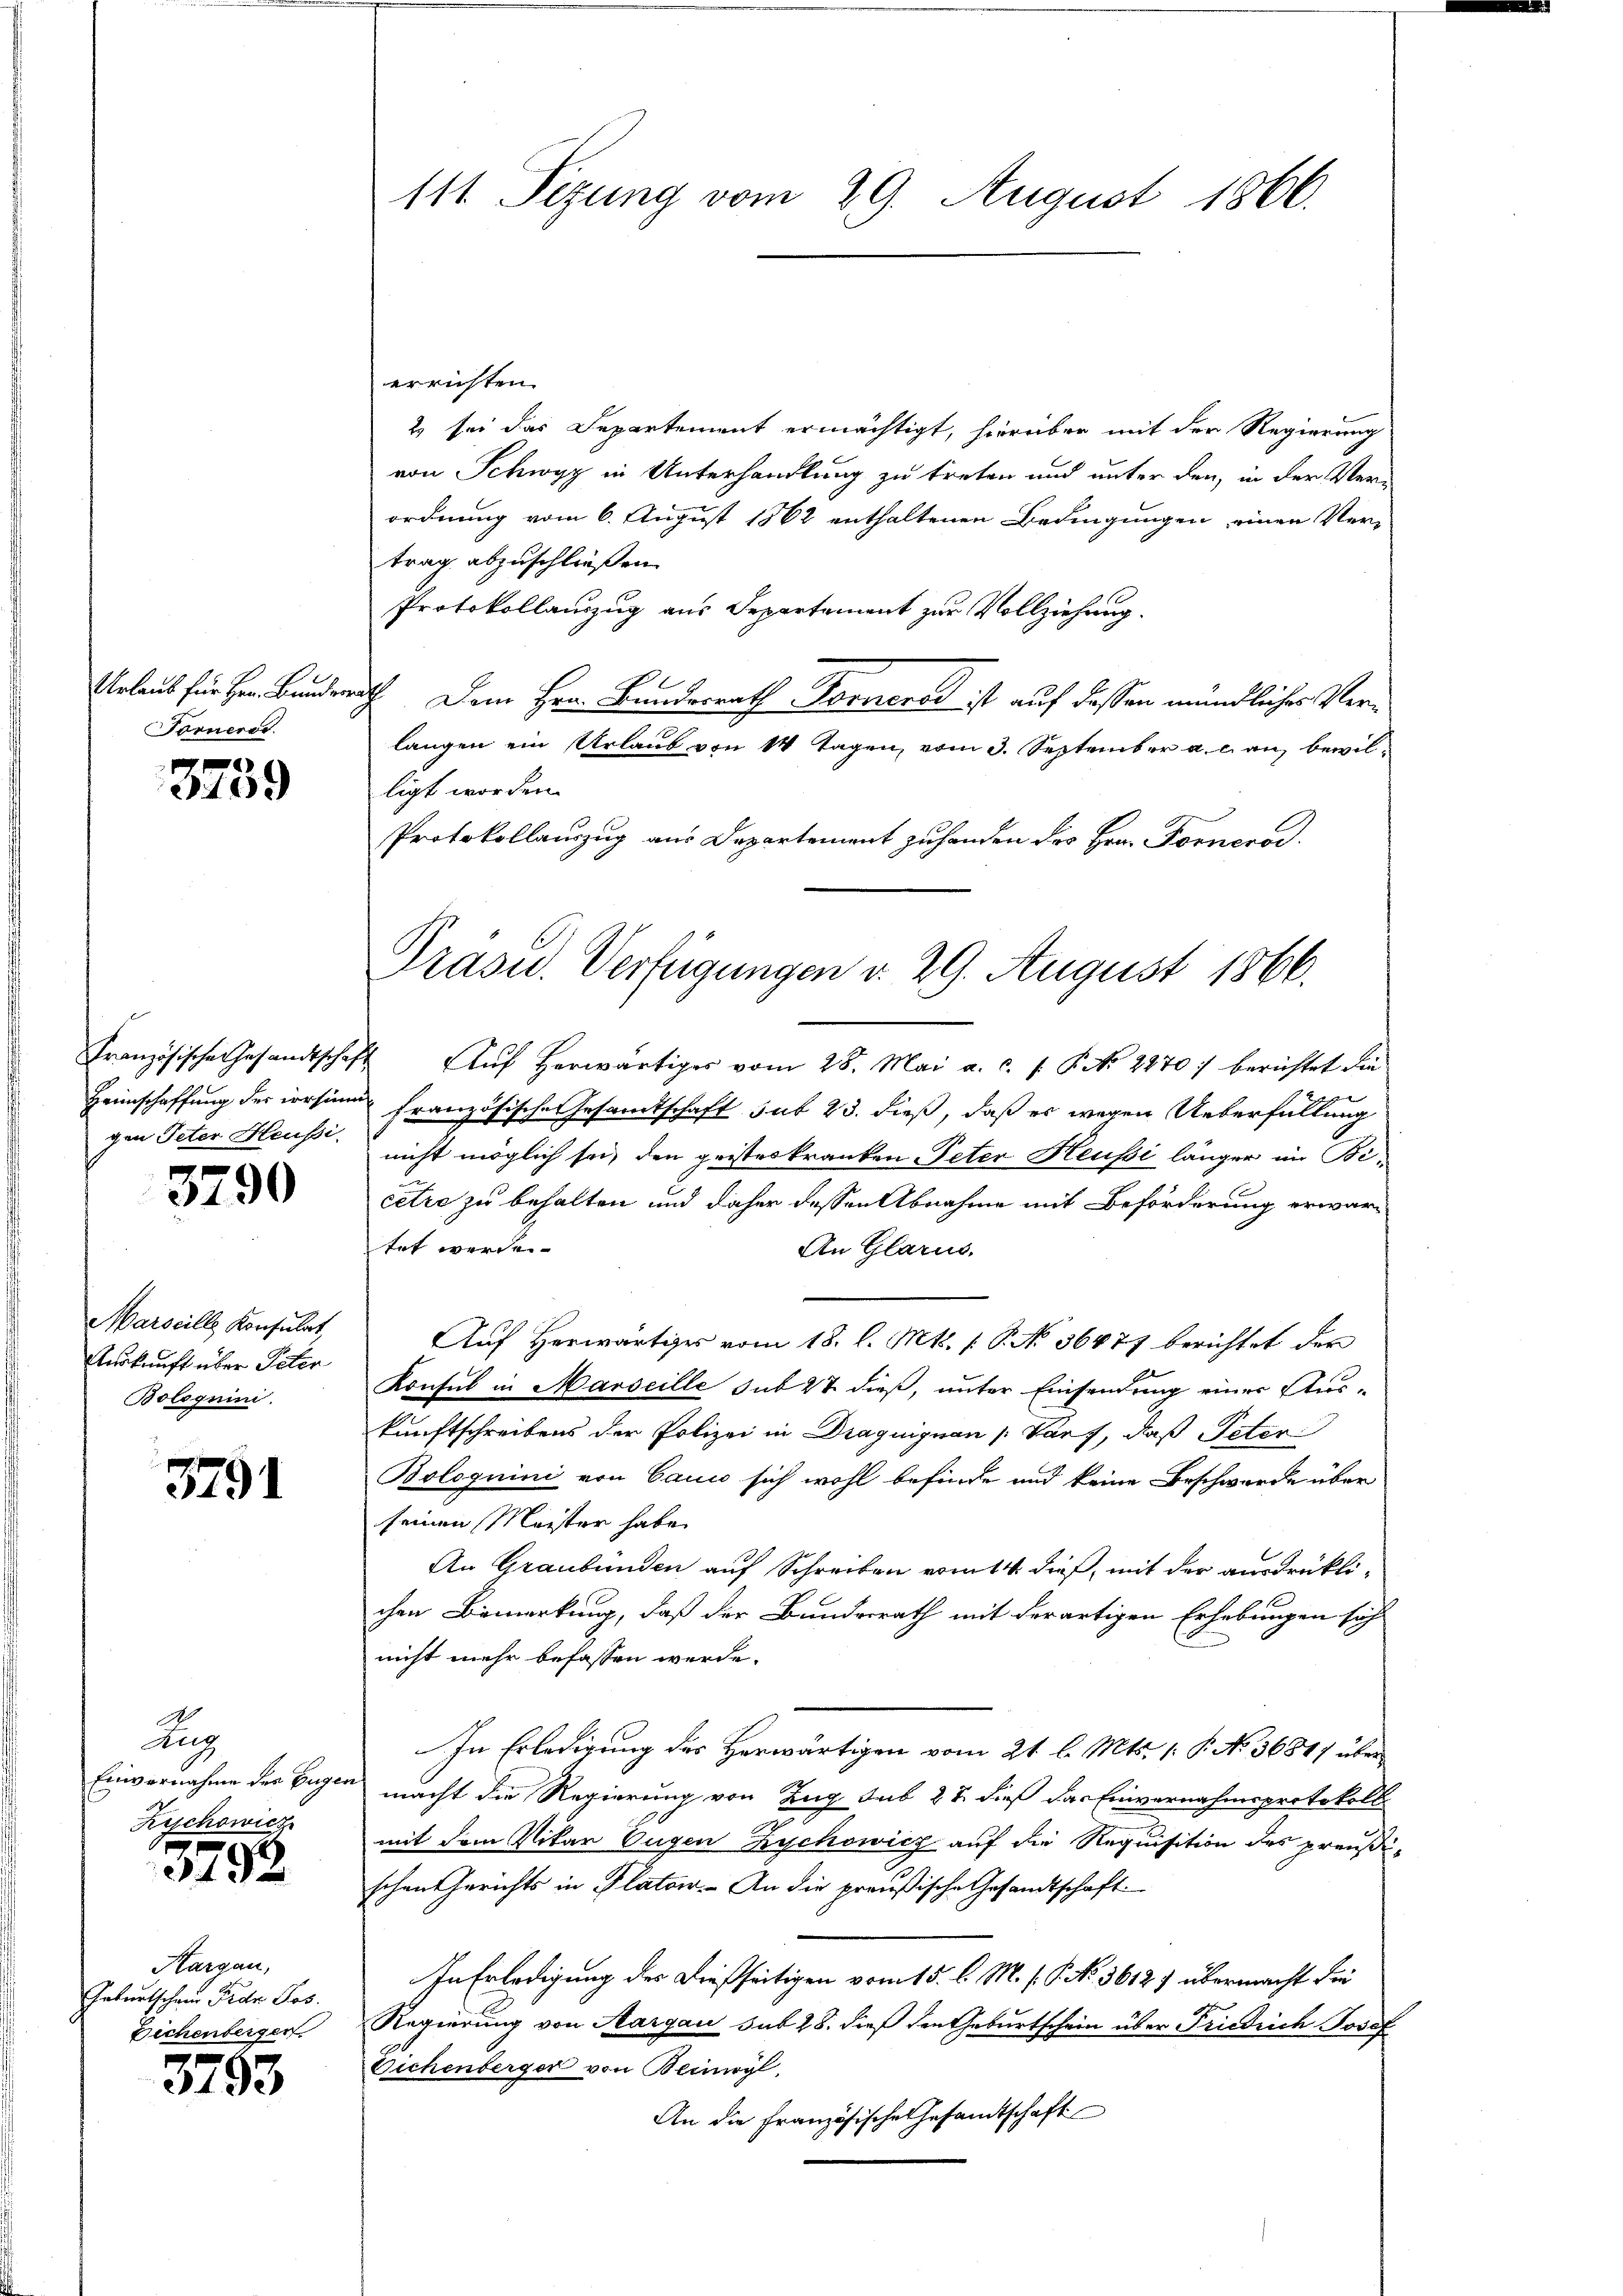
Urlaub für Hrn. Bunder
Forneres.

e
340.

gen Peter Heußi

3790

Marseille Konsulat,
Auskunft über Peter
Bologuini.

3791

Lag
Einvernahme der Eugen
Kischowicz

3792

Hargau,
Geburtschein Frau Jos.
Eichenberger.

3793

111. Sizung vom 29. August 1866.

errichten.
2) sei das Departement ermächtigt, hierüber mit der Regierung
von Schwyz in Unterhandlung zu treten und unter den, in der Ver-
ordnung vom 6. August 1862 enthaltenen Bedingungen einen Vertrag abzuschließen.
Protokollauszug aus Departement zur Vollziehung.
rath Dem Hrn. Bundesrath Forneros ist auf dessen mündliches Verlangen ein Urlaub von 14 Tagen, vom 3. September a. c. an bewilligt worden.
Protokollauszug aus Departement zu handen des Hrn. Fornerod
Französische Gesandtschaft Aŭf herwärtiges vom 28. Mai a. c. s. P. N. 2270 :/ berichtet die
Heimschaffung der vorsinn französische Gesandtschaft sub 23. dieß, daß es wegen Ueberfüllung
nicht möglich sei, den geisteskranken Peter Heussi länger im Bicetre zu behalten und daher dessen Abnahme mit Beförderung erwartrt werden.
An Glarus.
Auf Herwärtiges vom 18. l. Mts. (: P. No 36477 berichtet der
Konsul in Marseille sub 27 dieß, unter Einsendung einer Aus-
kunftschreibens der Polizei in Draquiguan Parf, daß Peter
Bologuini von Cauwo sich wohl befinde und keine Beschwerde über
seinen Meister habe
An Graubünden auf Schreiben vom 14. dieß, mit der ausdrücklichen Bemerkung, daß der Bundesrath mit derartigen Erhebungen sich
nicht mehr befassen werde.
In Erledigung des Herwärtigen vom 21. l. Mts. 1. P. No. 36847 über
macht die Regierung von Zug sub 27. dieß das Einvernahmsprotokoll
mit dem Vikar Eugen Zychowicz auf die Requisition des preußischen Gerichts in Platow. An die preußische Gesandtschaft
In Erledigung des Dießseitigen vom 15. l. M. s. P. Nr. 3612) übermacht die
Regierung von Aargau sub 28. dieß den Geburtschein über Friedrich Josef
Eichenberger von Beinwyl,
An die Französische Gesamtschaft

Präsid. Verfügungen v. 29. August 1866.